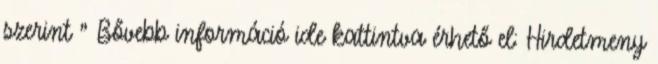
szerint ” Bővebb információ ide kattintva érhető el: Hirdetmeny